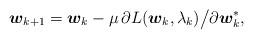
LaTeX: \begin{align*}\boldsymbol{w}_{k+1}=\boldsymbol{w}_k-\mu\, \partial L(\boldsymbol{w}_k,\lambda_k)\big/\partial \boldsymbol{w}_k^\ast,\end{align*}